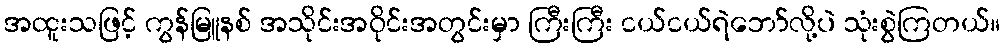
အထူးသဖြင့် ကွန်မြူနစ် အသိုင်းအဝိုင်းအတွင်းမှာ ကြီးကြီး ငယ်ငယ်ရဲဘော်လို့ပဲ သုံးစွဲကြတယ်။